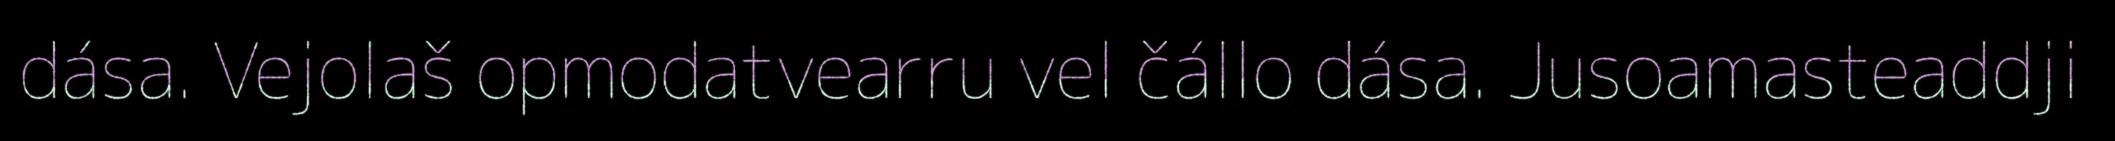
dása. Vejolaš opmodatvearru vel čállo dása. Jusoamasteaddji